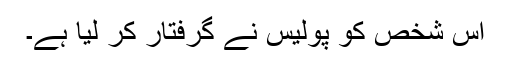
اس شخص کو پولیس نے گرفتار کر لیا ہے۔